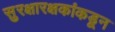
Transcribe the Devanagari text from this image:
सुरक्षारक्षकांकडून